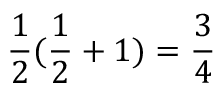
{ \frac { 1 } { 2 } } ( { \frac { 1 } { 2 } } + 1 ) = { \frac { 3 } { 4 } }